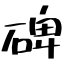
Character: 碑